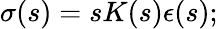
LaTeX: \begin{array}{r}{\sigma(s)=sK(s){\epsilon}(s);}\end{array}